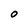
Character: O